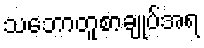
သဘောတူစာချုပ်အရ